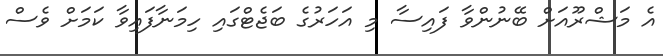
އެ މަޝްރޫއަށް ބޭނުންވާ ފައިސާ މި އަހަރުގެ ބަޖެޓްގައި ހިމަނާފައިވާ ކަމަށް ވެސް